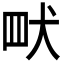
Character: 𮉿